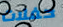
حفلات